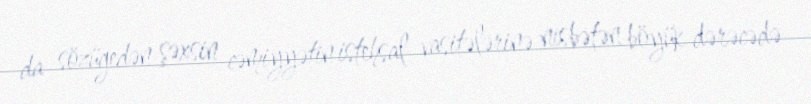
da sözügedən şəxsin cəmiyyətin istehsal vasitələrinə nisbətən böyük dərəcədə